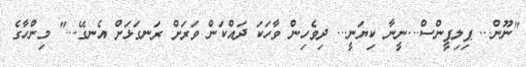
"ނޫން... ޕިލިޕީންސް...ނީނާ ކިޔަނީ... ދިވެހިން ވާހަކަ ދައްކަން ވަރަށް ރަނގަޅަށް އެނގޭ..." މިންހާގެ